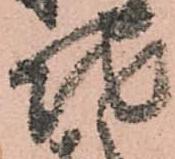
地